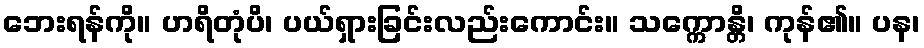
ဘေးရန်ကို။ ဟရိတုံပိ၊ ပယ်ရှားခြင်းလည်းကောင်း။ သက္ကောန္တိ၊ ကုန်၏။ ပန၊